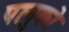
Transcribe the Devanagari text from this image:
पानुको